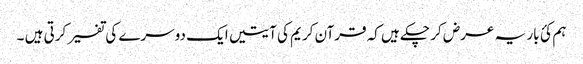
ہم کئ بار یہ عرض کر چکے ہیں کہ قرآن کریم کی آیتیں ایک دوسرے کی تفسیر کرتی ہیں ۔